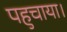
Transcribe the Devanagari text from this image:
पहुचाया।